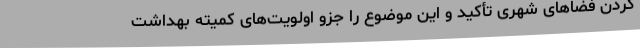
کردن فضاهای شهری تأکید و این موضوع را جزو اولویت‌های کمیته بهداشت